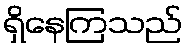
ရှိနေကြသည်